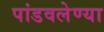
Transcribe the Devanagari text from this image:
पांडवलेण्या